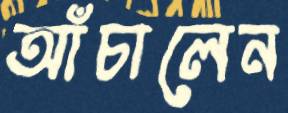
আঁচালেন